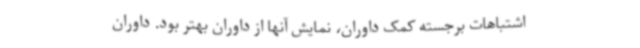
اشتباهات برجسته کمک داوران، نمایش آنها از داوران بهتر بود. داوران